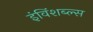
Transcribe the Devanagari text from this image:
इंविंशब्ल्स